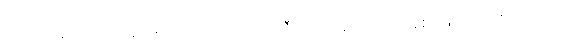
ဉာတပရိညာဝသေန၊ ဖြင့်လည်းကောင်း။ တီရဏပရိညာဝသေနစ၊ ဖြင့်လည်းကောင်း။